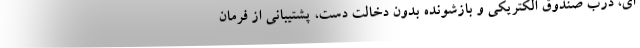
ای، درب صندوق الکتریکی و بازشونده بدون دخالت دست، پشتیبانی از فرمان